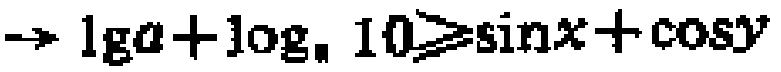
$\rightarrow \lg a+\log _{a}10\geqslant\sin x + \cos y$